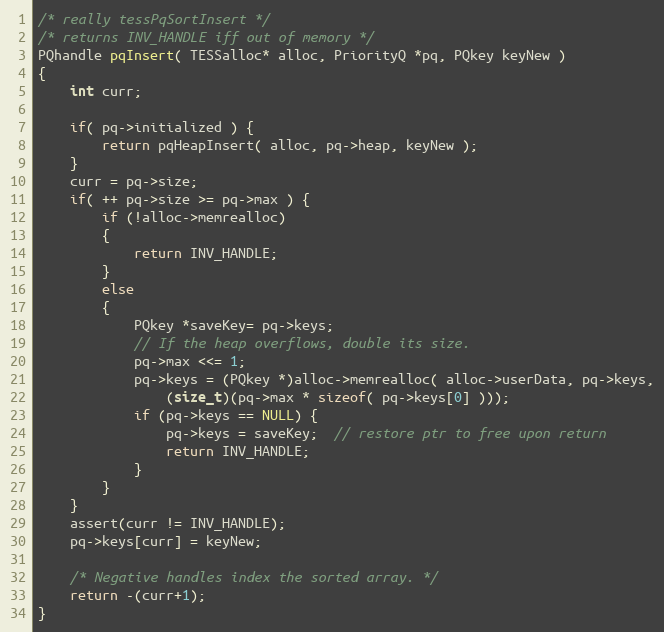
Language: C
/* really tessPqSortInsert */
/* returns INV_HANDLE iff out of memory */
PQhandle pqInsert( TESSalloc* alloc, PriorityQ *pq, PQkey keyNew )
{
	int curr;

	if( pq->initialized ) {
		return pqHeapInsert( alloc, pq->heap, keyNew );
	}
	curr = pq->size;
	if( ++ pq->size >= pq->max ) {
		if (!alloc->memrealloc)
		{
			return INV_HANDLE;
		}
		else
		{
			PQkey *saveKey= pq->keys;
			// If the heap overflows, double its size.
			pq->max <<= 1;
			pq->keys = (PQkey *)alloc->memrealloc( alloc->userData, pq->keys,
				(size_t)(pq->max * sizeof( pq->keys[0] )));
			if (pq->keys == NULL) {
				pq->keys = saveKey;  // restore ptr to free upon return
				return INV_HANDLE;
			}
		}
	}
	assert(curr != INV_HANDLE);
	pq->keys[curr] = keyNew;

	/* Negative handles index the sorted array. */
	return -(curr+1);
}